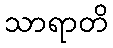
သာရာတိ